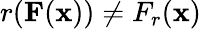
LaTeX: r(\mathbf{F}(\mathbf{x}))\neq F_{r}(\mathbf{x})